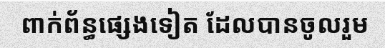
ពាក់ព័ន្ធផ្សេងទៀត ដែលបានចូលរួម